system: You are a helpful assistant.
user:
Analyze the provided spectrum to determine if it is a **"Cataclysmic Variables (CV)"**.

- **Key Indicators for CV (Check for either state):**
    - **State 1: Quiescent / Low-State (Emission-Dominated)**
        - **(Primary):** Strong and *very broad* Hydrogen Balmer emission lines (e.g., $H\alpha$ at 6563 Å, $H\beta$ at 4861 Å). The 'broadness' (high velocity dispersion, often FWHM > 1000 km/s) is the key diagnostic, indicating a high-velocity accretion disk.
        - **(Secondary):** Broad neutral Helium (He I) emission lines (e.g., 5876 Å, 6678 Å).
        - **(Key Confirmation):** Presence of high-excitation *ionized* Helium (He II) emission at 4686 Å. This is a strong indicator of accretion onto a white dwarf.
        - **(Line Profile):** Emission lines may exhibit a 'double-peaked' profile, which is a classic signature of a rotating accretion disk viewed at high inclination.

    - **State 2: Outburst / High-State (Absorption-Dominated)**
        - **(Primary):** Spectrum is dominated by a bright, blue continuum (looks like a hot star).
        - **(Secondary):** The emission lines from State 1 are weak, absent, or 'filled in', and are replaced by broad, shallow *absorption* lines (primarily Balmer and He I).
        - **(Morphology):** The overall spectrum mimics a hot B/A-type star. The crucial difference is that the absorption lines are significantly broader, shallower, and more 'washed-out' (or 'smeared') than the sharp lines of a normal stellar photosphere, due to high rotational speeds and pressure broadening in the disk.

Think first, call **spectral_visualization_tool** if needed to examine features in detail, then provide your final answer. Your response must adhere to the following strict rules:
1.  **Overall Structure:** Your response must follow the format `<think>...</think> <tool_call>...</tool_call> (if a tool is used) <answer>...</answer>`.
2.  **Tool Usage Constraint:** You may only make **one** tool call per turn.
3.  **Final Answer Format:** In the `<answer>` tag, your conclusion must be inside a `\boxed{}` command (e.g., `\boxed{YES}`), followed by your justification.

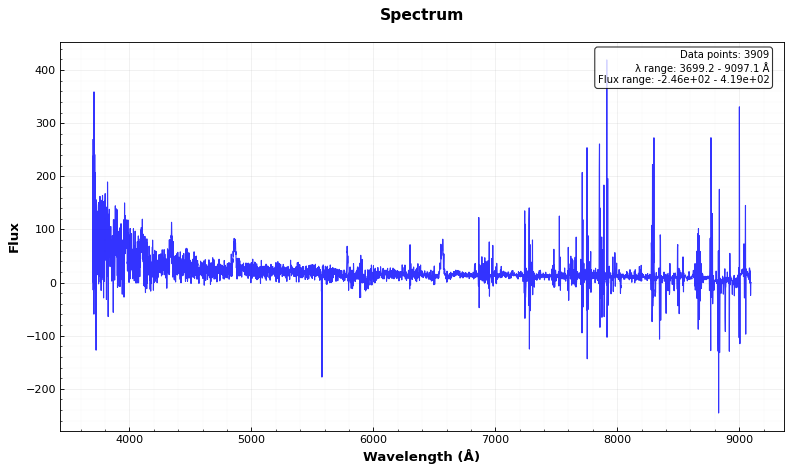
Answer: YES